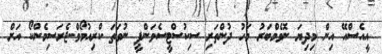
އީއެސްއޭ އިން މިދިޔަ ނޮވެމްބަރު މަހު ދުންތަރި ސިކުސްޓީސެވަންޕީ ނުވަތަ ކްރިއުމޯވް-ޖެރަސިމެންކޯ އަށް